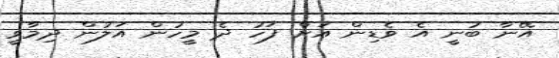
އޭނާ ބުނީ އެ ވެޑިން އަށް ފަހު ދެ މީހުން އަލުން ދިމާވީ